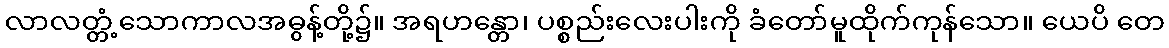
လာလတ္တံ့သောကာလအဓွန့်တို့၌။ အရဟန္တော၊ ပစ္စည်းလေးပါးကို ခံတော်မူထိုက်ကုန်သော။ ယေပိ တေ